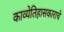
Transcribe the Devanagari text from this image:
काव्येतिहासकाराचे